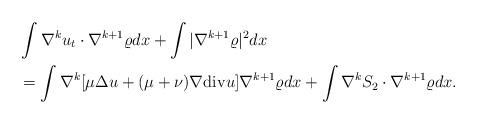
LaTeX: \begin{align*}\begin{aligned}&\int \nabla^k u_t \cdot \nabla^{k+1} \varrho dx+\int |\nabla^{k+1} \varrho|^2 dx\\&=\int \nabla^k [\mu \Delta u+(\mu+\nu)\nabla {\rm div}u]\nabla^{k+1} \varrho dx+ \int \nabla^k S_2 \cdot \nabla^{k+1} \varrho dx.\end{aligned}\end{align*}